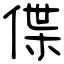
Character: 偞